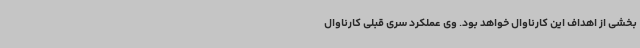
بخشی از اهداف این کارناوال خواهد بود. وی عملکرد سری قبلی کارناوال